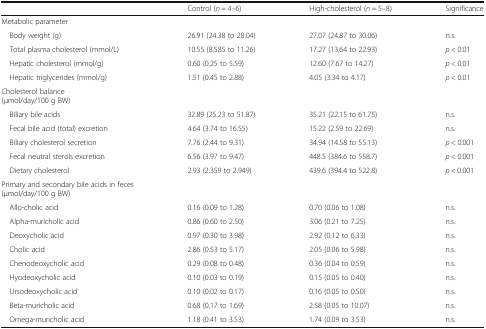
<table><thead><tr><td></td><td><b>Control (<i>n</i> = 4–6)</b></td><td><b>High-cholesterol (<i>n</i> = 5–8)</b></td><td><b>Significance</b></td></tr></thead><tbody><tr><td>Metabolic parameter</td><td></td><td></td><td></td></tr><tr><td> Body weight (g)</td><td>26.91 (24.38 to 28.04)</td><td>27.07 (24.87 to 30.06)</td><td>n.s.</td></tr><tr><td> Total plasma cholesterol (mmol/L)</td><td>10.55 (8.585 to 11.26)</td><td>17.27 (13.64 to 22.93)</td><td><i>p</i> &lt; 0.01</td></tr><tr><td> Hepatic cholesterol (mmol/g)</td><td>0.60 (0.25 to 5.59)</td><td>12.60 (7.67 to 14.27)</td><td><i>p</i> &lt; 0.01</td></tr><tr><td> Hepatic triglycerides (mmol/g)</td><td>1.51 (0.45 to 2.88)</td><td>4.05 (3.34 to 4.17)</td><td><i>p</i> &lt; 0.01</td></tr><tr><td>Cholesterol balance(μmol/day/100 g BW)</td><td></td><td></td><td></td></tr><tr><td> Biliary bile acids</td><td>32.89 (25.23 to 51.87)</td><td>35.21 (22.15 to 61.75)</td><td>n.s.</td></tr><tr><td> Fecal bile acid (total) excretion</td><td>4.64 (3.74 to 16.55)</td><td>15.22 (2.59 to 22.69)</td><td>n.s.</td></tr><tr><td> Biliary cholesterol secretion</td><td>7.76 (2.44 to 9.31)</td><td>34.94 (14.58 to 55.13)</td><td><i>p</i> &lt; 0.001</td></tr><tr><td> Fecal neutral sterols excretion</td><td>6.56 (3.97 to 9.47)</td><td>448.5 (384.6 to 558.7)</td><td><i>p</i> &lt; 0.001</td></tr><tr><td> Dietary cholesterol</td><td>2.93 (2.359 to 2.949)</td><td>439.6 (394.4 to 522.8)</td><td><i>p</i> &lt; 0.001</td></tr><tr><td>Primary and secondary bile acids in feces(μmol/day/100 g BW)</td><td></td><td></td><td></td></tr><tr><td> Allo-cholic acid</td><td>0.16 (0.09 to 1.28)</td><td>0.70 (0.06 to 1.08)</td><td>n.s.</td></tr><tr><td> Alpha-muricholic acid</td><td>0.86 (0.60 to 2.50)</td><td>3.06 (0.21 to 7.25)</td><td>n.s.</td></tr><tr><td> Deoxycholic acid</td><td>0.97 (0.30 to 3.98)</td><td>2.92 (0.12 to 6.33)</td><td>n.s.</td></tr><tr><td> Cholic acid</td><td>2.86 (0.53 to 5.17)</td><td>2.05 (0.06 to 5.98)</td><td>n.s.</td></tr><tr><td> Chenodeoxycholic acid</td><td>0.29 (0.08 to 0.48)</td><td>0.36 (0.04 to 0.59)</td><td>n.s.</td></tr><tr><td> Hyodeoxycholic acid</td><td>0.10 (0.03 to 0.19)</td><td>0.15 (0.05 to 0.40)</td><td>n.s.</td></tr><tr><td> Ursodeoxycholic acid</td><td>0.10 (0.02 to 0.17)</td><td>0.16 (0.05 to 0.50)</td><td>n.s.</td></tr><tr><td> Beta-muricholic acid</td><td>0.68 (0.17 to 1.69)</td><td>2.58 (0.05 to 10.07)</td><td>n.s.</td></tr><tr><td> Omega-muricholic acid</td><td>1.18 (0.41 to 3.53)</td><td>1.74 (0.09 to 3.53)</td><td>n.s.</td></tr></tbody></table>